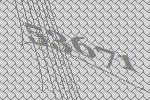
53671